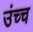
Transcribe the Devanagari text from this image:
उंच्च